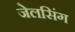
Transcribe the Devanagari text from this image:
जेलसिंग